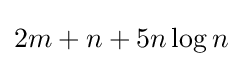
2m+n+5n\log {n}